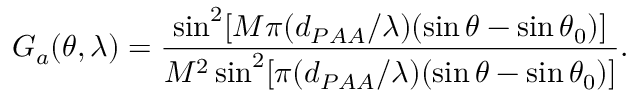
G _ { a } ( \theta , \lambda ) = \frac { \sin ^ { 2 } [ M \pi ( d _ { P A A } / \lambda ) ( \sin \theta - \sin \theta _ { 0 } ) ] } { M ^ { 2 } \sin ^ { 2 } [ \pi ( d _ { P A A } / \lambda ) ( \sin \theta - \sin \theta _ { 0 } ) ] } .